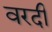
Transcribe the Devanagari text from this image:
वरदी